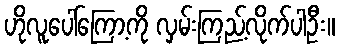
ဟိုလူပေါ်ကြော့ကို လှမ်းကြည့်လိုက်ပါဦး။